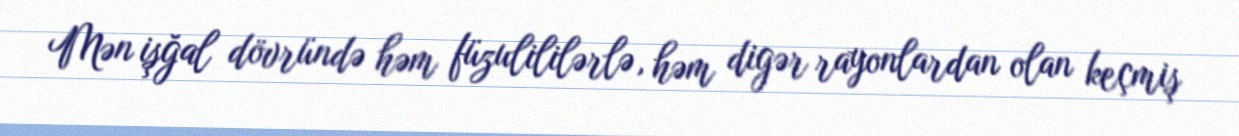
Mən işğal dövründə həm füzulililərlə, həm digər rayonlardan olan keçmiş